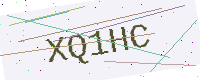
Text: XQ1HC